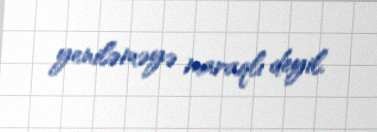
yeniləməyə maraqlı deyil.